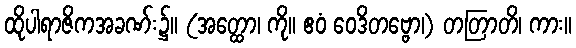
ထိုပါရာဇိကအခဏ်း၌။ (အတ္ထော၊ ကို။ ဧဝံ ဝေဒိတဗ္ဗော၊) တတြာတိ၊ ကား။